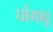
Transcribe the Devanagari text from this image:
घोंगावू